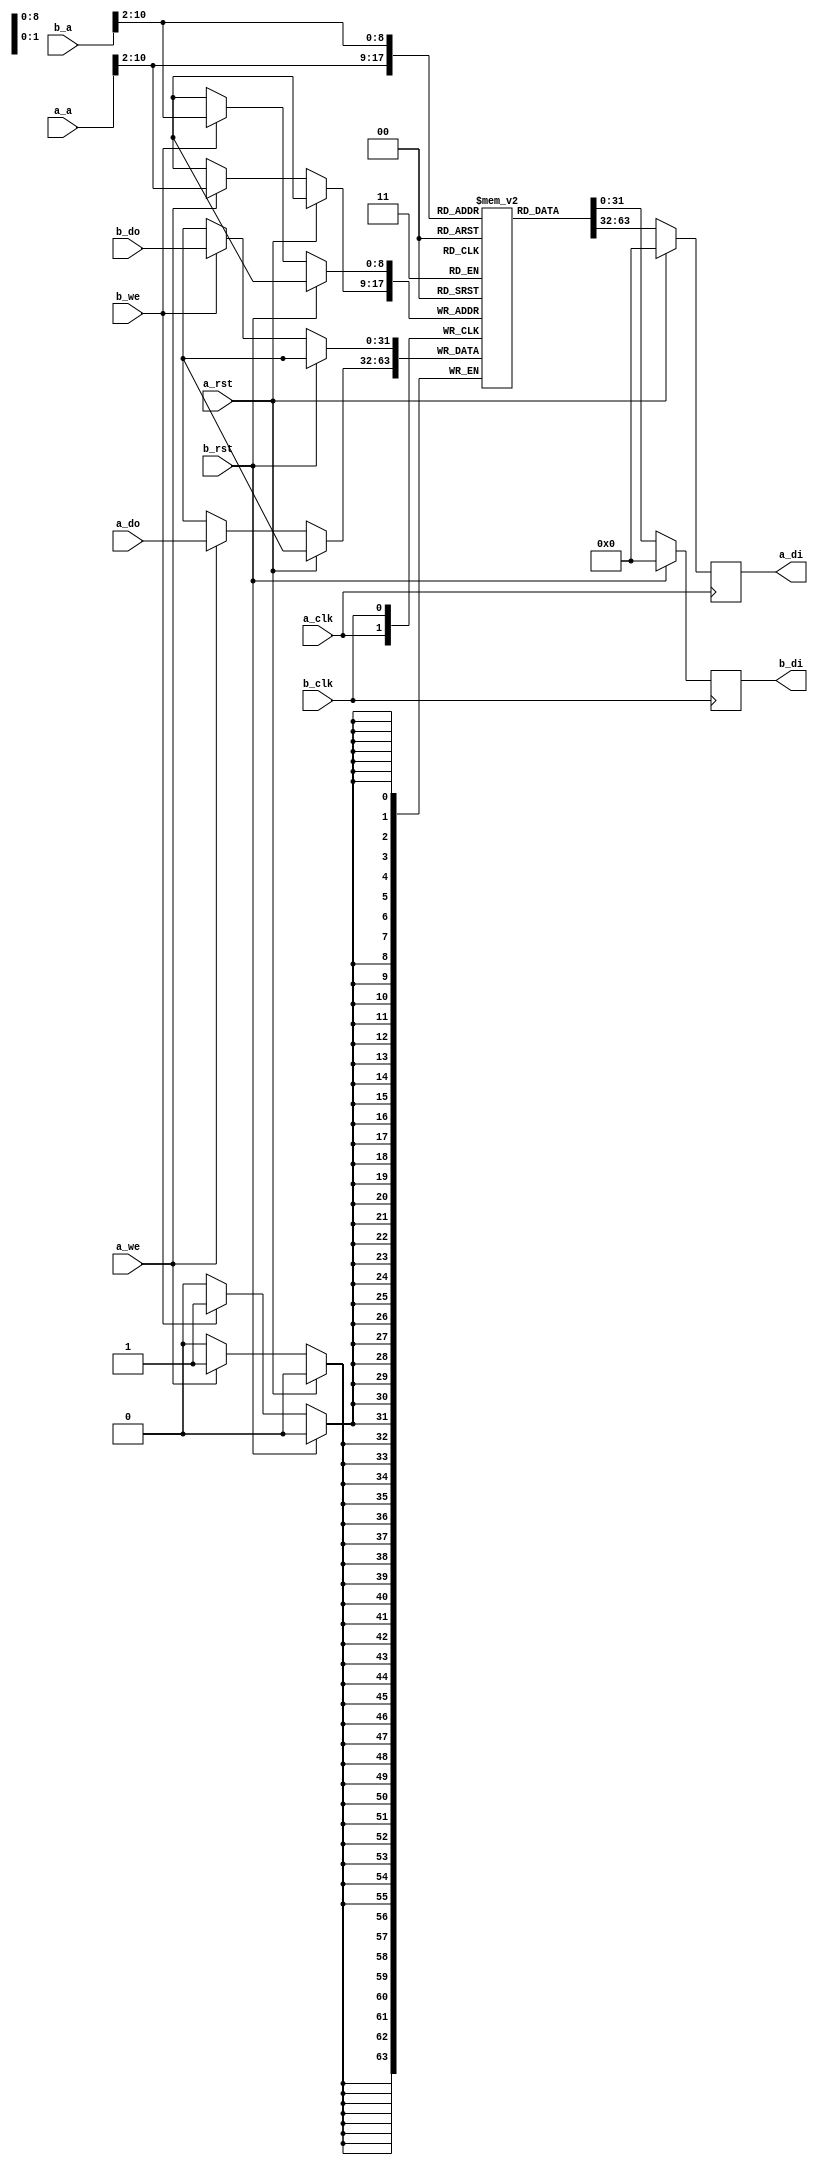
/*
Copyright (C) 2015  Benot Morgan

This file is part of dumb16.

dumb16 is free software: you can redistribute it and/or modify
it under the terms of the GNU General Public License as published by
the Free Software Foundation, either version 3 of the License, or
(at your option) any later version.

dumb16 is distributed in the hope that it will be useful,
but WITHOUT ANY WARRANTY; without even the implied warranty of
MERCHANTABILITY or FITNESS FOR A PARTICULAR PURPOSE.  See the
GNU General Public License for more details.

You should have received a copy of the GNU General Public License
along with dumb16.  If not, see <http://www.gnu.org/licenses/>.
*/

module dbram32 #(
	parameter init_file = "none",
	parameter adr_width = 11
) (
	input a_clk,
	input a_rst,
  input [31:0] a_do,
  output reg [31:0] a_di,
  input a_we,
  input [15:0] a_a,

	input b_clk,
	input b_rst,
  input [31:0] b_do,
  output reg [31:0] b_di,
  input b_we,
  input [15:0] b_a
);

//-----------------------------------------------------------------
// Storage depth in 16 bit words
//-----------------------------------------------------------------
parameter word_width = adr_width - 2;
parameter word_depth = (1 << word_width);

//-----------------------------------------------------------------
// Actual RAM
//-----------------------------------------------------------------
reg [31:0] ram [0:word_depth-1];
wire [word_width-1:0] a_adr;
wire [word_width-1:0] b_adr;

always @(posedge a_clk) begin
  if (a_rst == 1'b1) begin
    a_di <= 32'b0;
  end else begin
    if (a_we) begin
      ram[a_adr] <= a_do;
    end
    a_di <= ram[a_adr];
  end
end

always @(posedge b_clk) begin
  if (b_rst == 1'b1) begin
    b_di <= 32'b0;
  end else begin
    if (b_we) begin
      ram[b_adr] <= b_do;
    end
    b_di <= ram[b_adr];
  end
end

assign a_adr = a_a[adr_width-1:2];
assign b_adr = b_a[adr_width-1:2];

//-----------------------------------------------------------------
// RAM initialization
//-----------------------------------------------------------------
initial
begin
	if (init_file != "none")
	begin
		$readmemh(init_file, ram);
	end
end

endmodule